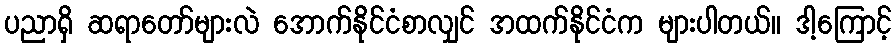
ပညာရှိ ဆရာတော်များလဲ အောက်နိုင်ငံစာလျှင် အထက်နိုင်ငံက များပါတယ်။ ဒါ့ကြောင့်